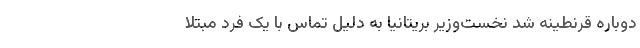
دوباره قرنطینه شد نخست‌وزیر بریتانیا به دلیل تماس با یک فرد مبتلا